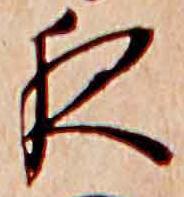
夜